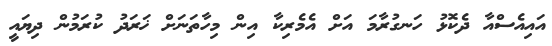
އައިއެސްއާ ދެކޮޅު ހަނގުރާމަ އަށް އެމެރިކާ އިން މިހާތަނަށް ޚަރަދު ކުރަމުން ދިޔައީ